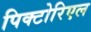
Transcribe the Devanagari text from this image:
पिक्टोरिएल